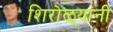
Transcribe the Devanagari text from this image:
शिरोळ्यांनी